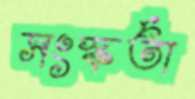
সংস্কর্তা